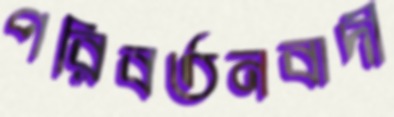
পরিবর্তনবাদী